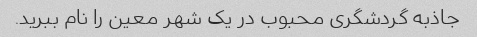
جاذبه گردشگری محبوب در یک شهر معین را نام ببرید.